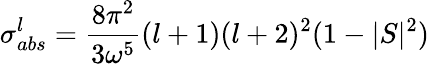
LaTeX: \sigma_{abs}^{l}=\frac{8\pi^{2}}{3{\omega}^{5}}(l+1)(l+2)^{2}(1-|S|^{2})